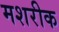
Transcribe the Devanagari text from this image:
मशरीक